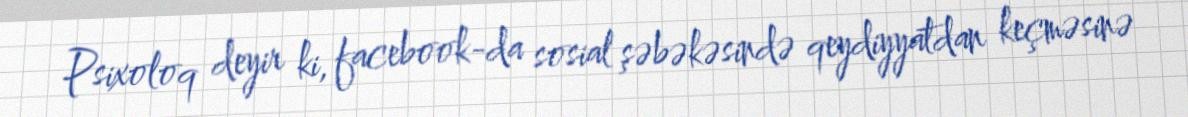
Psixoloq deyir ki, facebook-da sosial şəbəkəsində qeydiyyatdan keçməsinə